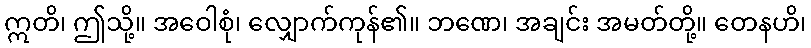
ဣတိ၊ ဤသို့။ အဝေါစုံ၊ လျှောက်ကုန်၏။ ဘဏေ၊ အချင်း အမတ်တို့။ တေနဟိ၊